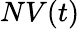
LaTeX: NV(t)